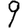
Digit: 9